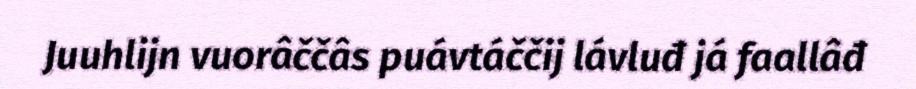
Juuhlijn vuorâččâs puávtáččij lávluđ já faallâđ